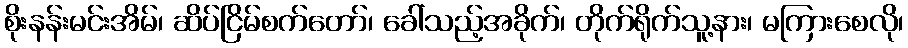
စိုးနန်းမင်းအိမ်၊ ဆိပ်ငြိမ်စက်တော်၊ ခေါ်သည့်အခိုက်၊ တိုက်ရိုက်သူ့နား၊ မကြားစေလို၊